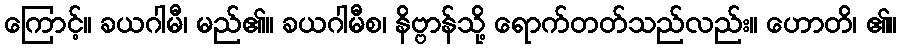
ကြောင့်။ ခယဂါမီ၊ မည်၏။ ခယဂါမီစ၊ နိဗ္ဗာန်သို့ ရောက်တတ်သည်လည်း။ ဟောတိ၊ ၏။